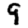
Digit: 9